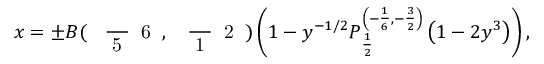
x = \pm B ( \mathrm { ~ \footnotesize ~ \displaystyle ~ \frac ~ { ~ 5 ~ } ~ { ~ 6 ~ } ~ } , \mathrm { ~ \footnotesize ~ \displaystyle ~ \frac ~ { ~ 1 ~ } ~ { ~ 2 ~ } ~ } ) \left( 1 - y ^ { - 1 / 2 } P _ { \frac { 1 } { 2 } } ^ { \left( - \frac { 1 } { 6 } , - \frac { 3 } { 2 } \right) } \left( 1 - 2 y ^ { 3 } \right) \right) ,